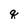
Character: q